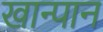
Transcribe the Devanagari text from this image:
खान्पान